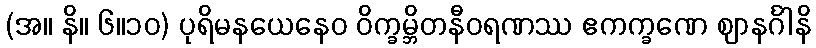
(အ။ နိ။ ၆။၁၀) ပုရိမနယေနေဝ ဝိက္ခမ္ဘိတနီဝရဏဿ ဧကက္ခဏေ ဈာနင်္ဂါနိ